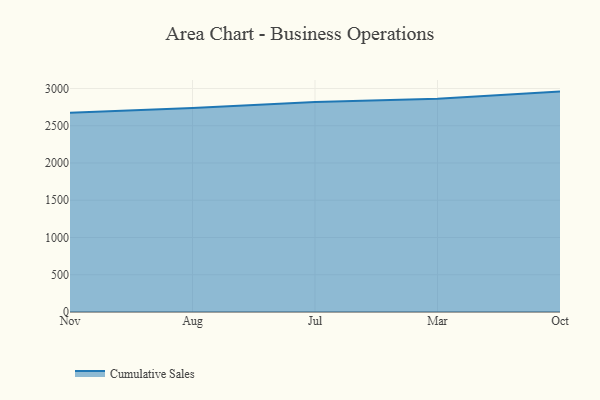
{"axis": {"x": "Month", "y": "Shipments"}, "legend": ["Cumulative Sales"], "data": [{"x": "Nov", "y": 2675.7, "type": "Cumulative Sales"}, {"x": "Aug", "y": 2737.8, "type": "Cumulative Sales"}, {"x": "Jul", "y": 2819.2, "type": "Cumulative Sales"}, {"x": "Mar", "y": 2861.9, "type": "Cumulative Sales"}, {"x": "Oct", "y": 2958.4, "type": "Cumulative Sales"}]}